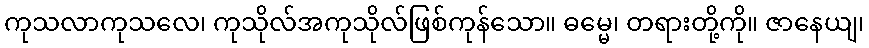
ကုသလာကုသလေ၊ ကုသိုလ်အကုသိုလ်ဖြစ်ကုန်သော။ ဓမ္မေ၊ တရားတို့ကို။ ဇာနေယျ၊